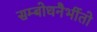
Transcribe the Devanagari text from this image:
सम्बोधनैर्भीतो